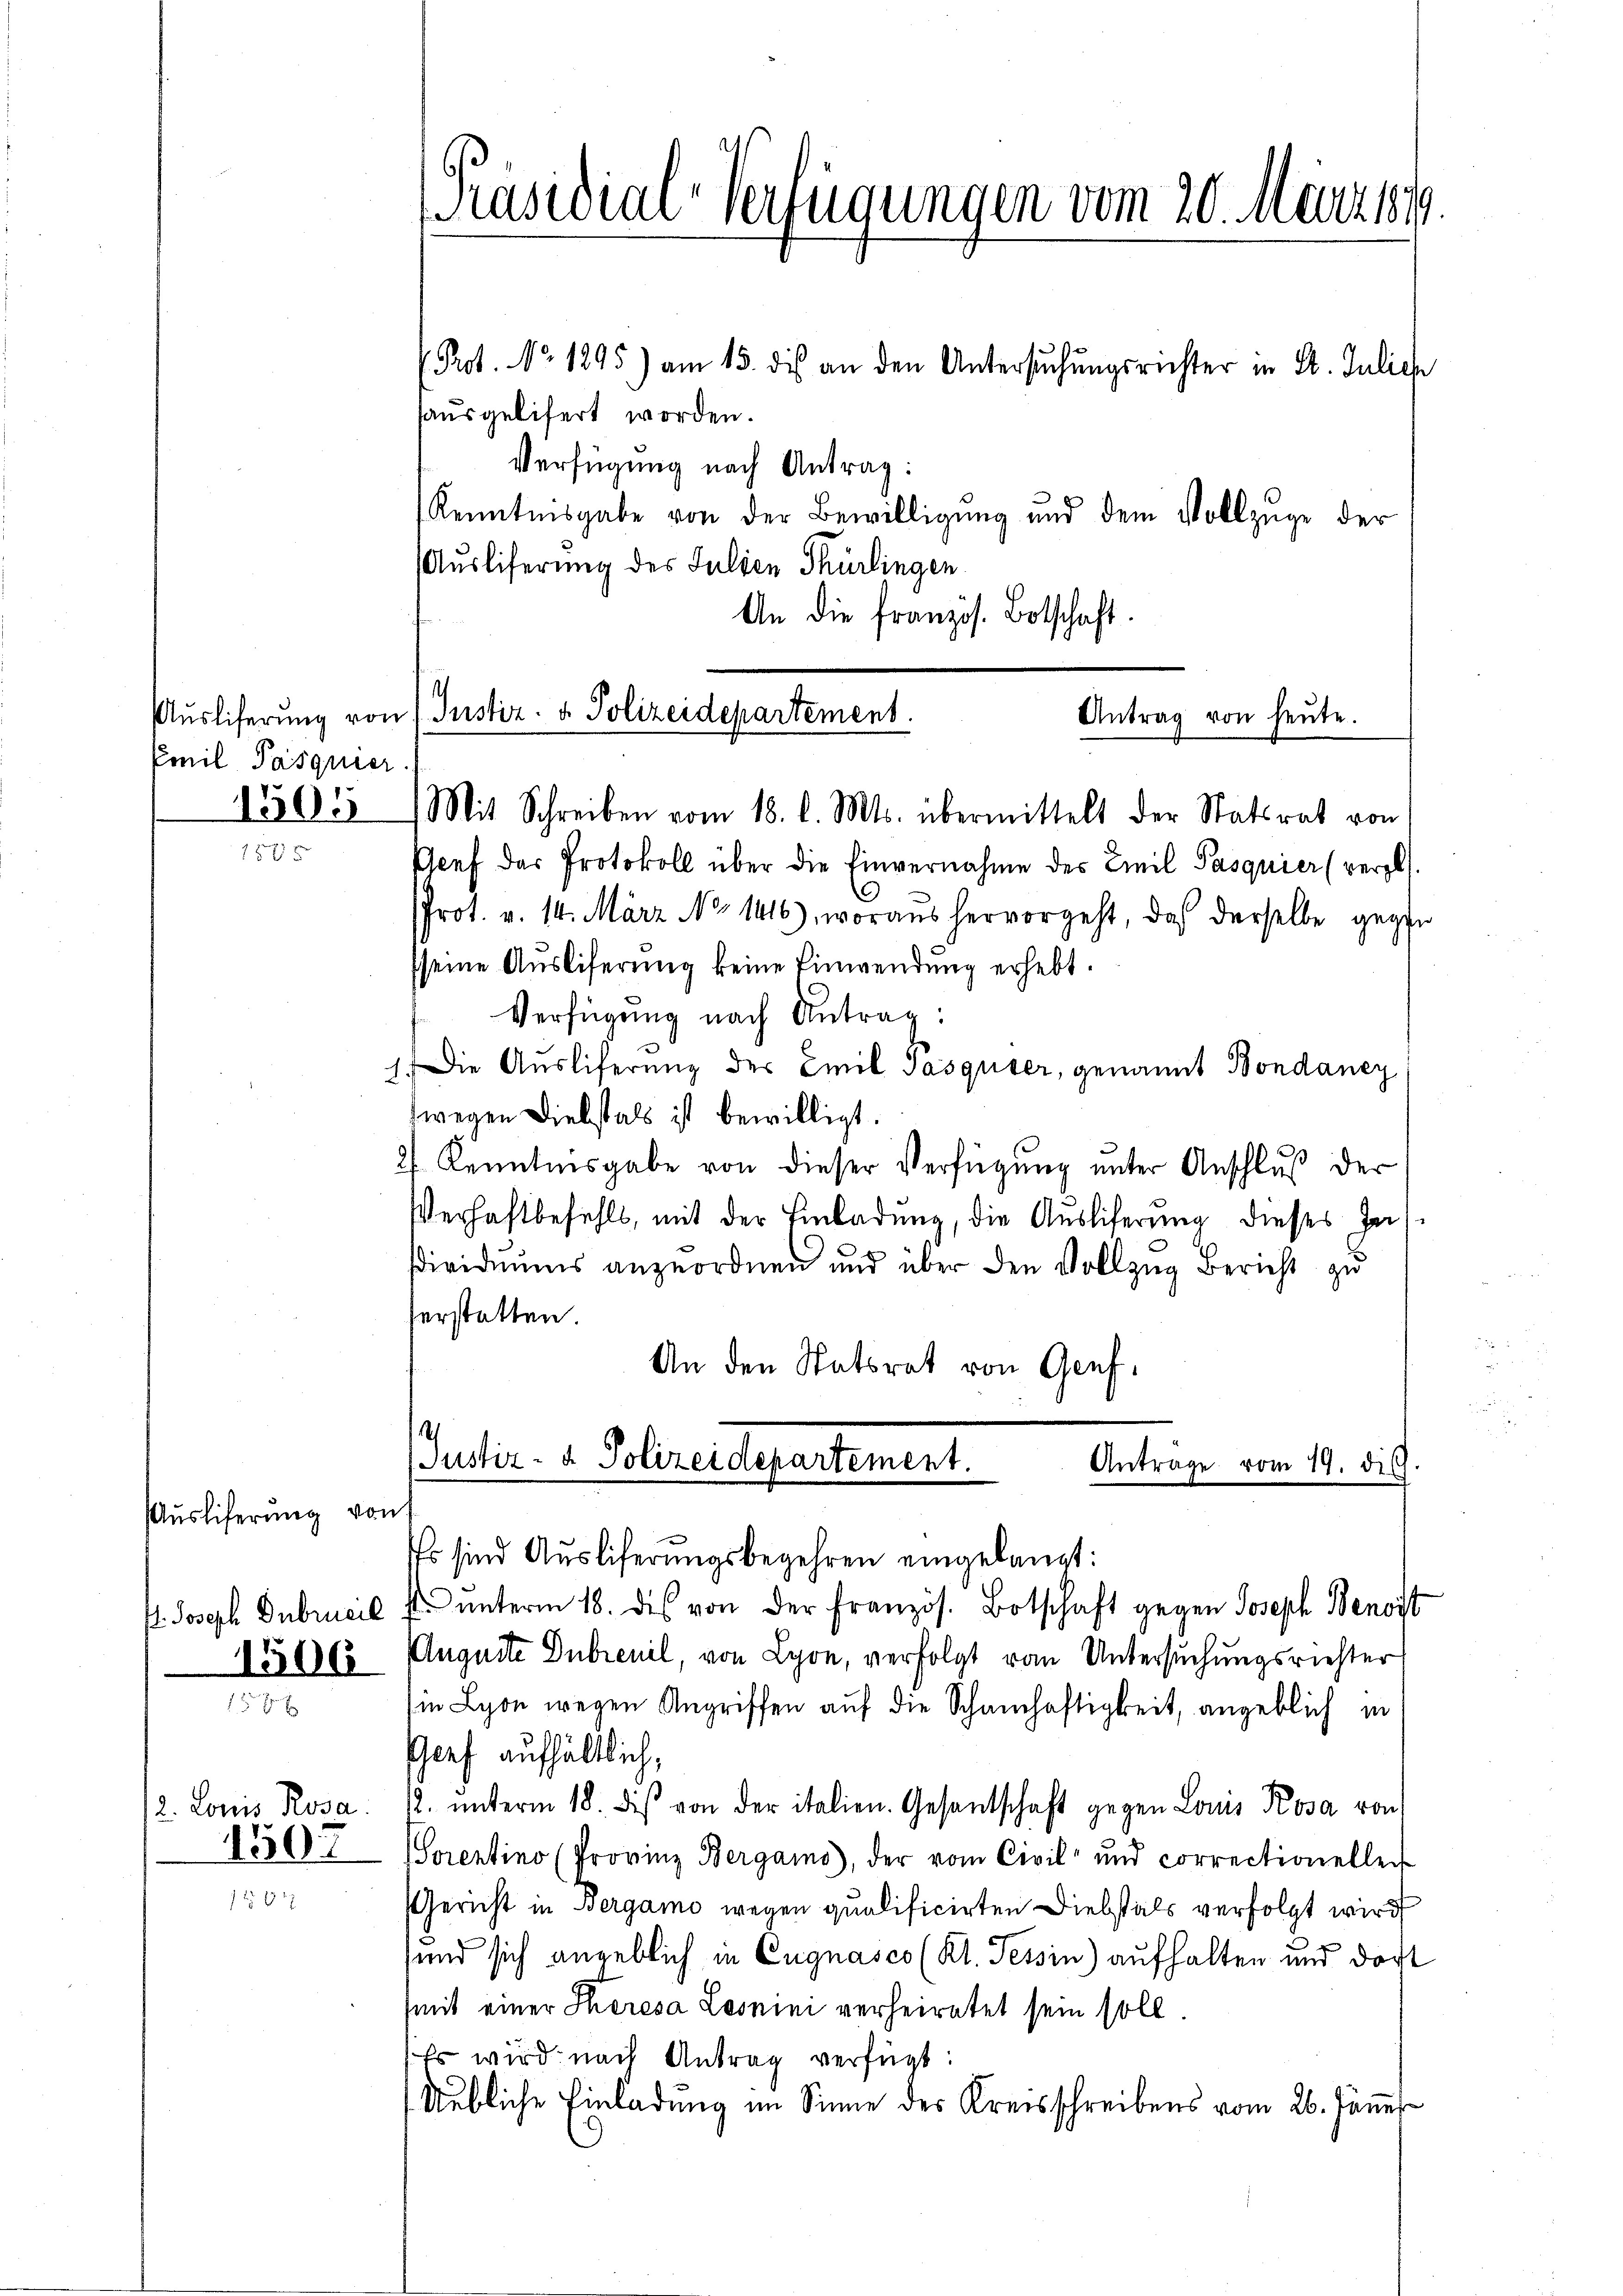
Emil Pasquier

Ausliferung von
. Joseph Dubrueck
1506

12. Louis Rosa.
1507

Genf das Protokoll über die Einvernahme des Emil Pasquier (vergl.
Prot. v. 14. März No 1416), woraus hervorgeht, daß derselbe gegen
sseine Ausliferung keine Einwendung erhebt.
Verfügung nach Antrag:
. Die Auslieferung der Emil Pasquser, genannt Bondaney
wegen Diebstals ist bewilligt.
27 Kenntnisgabe von dieser Verfügung unter Anschluß der
Verhaftbefehlt, mit der Einladŭng, die Aŭsliferung dieses Gas-
dividuums anzuordnen und über den Vollzug Bericht zu
serstatten.
An den Statsrat von Genf.

[Präsidial-Verfügungen vom 20. Märztes

Prot. No 1295) am 15. des an den Untersŭchŭngsrichter in St. Juliche
sausgelifert worden.
Verfügung nach Antrag:
Kenntnisgabe von der Bewilligŭng und dem Vollzüge der
Auslieferung des Julien Thürlingen
An die französ. Botschaft.

Aŭsliferŭng von (Justiz- & Polizeidepartement.
Antrag von heute.
1305) Mit Schreiben vom 18. d. Mts. übermittelt der Statsrat von

(Justiz- & Polizeidepartement.
Antrage vom 19. dich
Es sind Ausliferungsbegehren eingelangt:

ŭnterm 18. die von der Französ. Botschaft gegen Joseph Senoit
Auguste Dubreuil, von Lyon, verfolgt von Untersuchungsrichter
in Lyon wegen Angriffen auf die Schamhaftigkeit, angeblich in
1
Gief aufhältlich,
12. unterm 18. des von der italien. Gesantschaft gegen Louis Kosa von
orentino (Provinz Bergams, der vom Civil und correctionellei
Gericht in Bergamo wegen qualificirten Diebstals verfolgt wird
und sich angeblich in Cugnasco (Kl. Tessin) aufhalten und dort
(mit einer Theresa Losnini verheiratet sein soll
Es wird nach Antrag verfügt:
Nebliche Einladung im Sinne des Kreisschreibens vom 26. Jänn